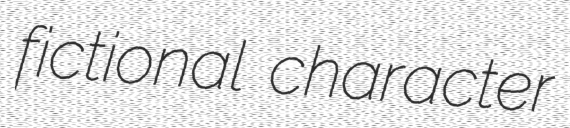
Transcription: fictional character